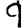
Digit: 9